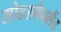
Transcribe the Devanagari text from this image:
सोडरमैनलैंड